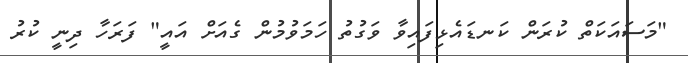
"މަސައަކަތް ކުރަން ކަނޑައެޅިފައިވާ ވަގުތު ހަމަވުމުން ގެއަށް އައީ" ފަރަހާ ދިނީ ކުރު